Annual report on the Civil Veterinary Department, Burma (including the Insein Veterinary School) - 1910-1922
Year: 1910
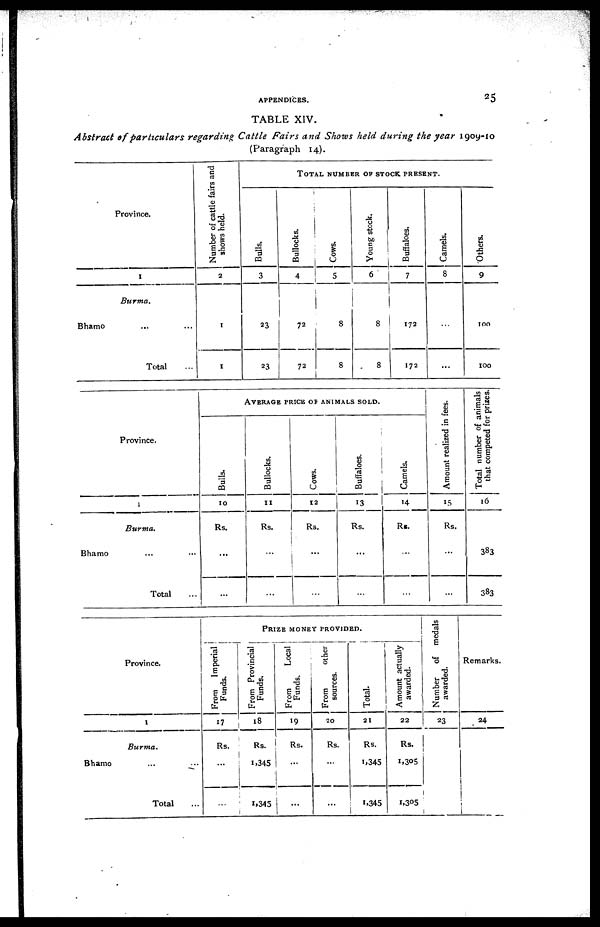
APPENDICES.
25
TABLE XIV.
Abstract of particulars
regarding Cattle Fairs and Shows held during the year 1909-10
(Paragraph 14).
Province.
1
Burma.
Bhamo ... ...
Total ...
Number of cattle fairs and
shows held.
2
1
1
TOTAL NUMBER OF STOCK PRESENT.
Bulls.
3
23
23
Bullocks.
4
72
72
Cows.
5
8
8
Young stock.
6
8
8
Buffaloes.
7
172
172
Camels.
8
...
...
Others.
9
100
100
Province.
1
Burma.
Bhamo ... ...
Total ...
AVEREGE PRICE OF ANIMALS SOLD.
Bulls.
10
Rs.
...
...
Bullocks.
11
Rs.
...
...
Cows.
12
Rs.
...
...
Buffaloes.
13
Rs.
...
...
Camels.
14
Rs.
...
...
Amount realized in fees.
15
Rs.
...
...
Total number of animals
that competed for prizes.
16
383
383
Province.
1
Burma.
Bhamo ... ...
Total ...
PRIZE MONEY PROVIDED.
From Imperial
Funds.
17
Rs.
...
...
From Provincial
Funds.
18
Rs.
1,345
1,345
From
Local
Funds.
19
Rs.
...
...
From
other
sources.
20
Rs.
...
...
Total.
21
Rs.
1,345
1,345
Amount actually
awarded.
22
Rs.
1,305
1,305
Number
of medals
awarded.
23
Remarks.
24